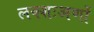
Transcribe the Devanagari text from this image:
लक्शःअणों